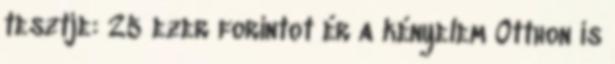
tesztje: 25 ezer forintot ér a kényelem Otthon is